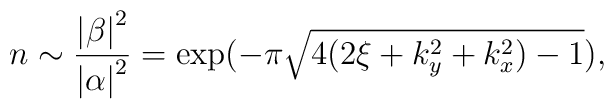
n\sim \frac{\left| \beta \right| ^{2}}{\left| \alpha \right| ^{2}}=\exp(-\pi \sqrt{4(2\xi +k_{y}^{2}+k_{x}^{2})-1}),